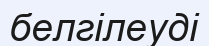
белгілеуді